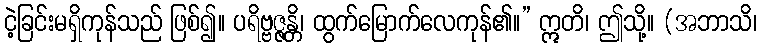
ငဲ့ခြင်းမရှိကုန်သည် ဖြစ်၍။ ပရိဗ္ဗဇ္ဇန္တိ၊ ထွက်မြောက်လေကုန်၏။” ဣတိ၊ ဤသို့။ (အဘာသိ၊